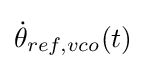
{\dot {\theta }}_{ref,vco}(t)